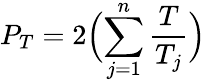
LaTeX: P_{T}=2\Bigl(\sum_{j=1}^{n}\frac{T}{T_{j}}\Bigl)